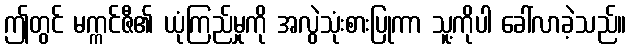
ဤတွင် မက္ကင်ဇီ၏ ယုံကြည်မှုကို အလွဲသုံးစားပြုကာ သူ့ကိုပါ ခေါ်လာခဲ့သည်။